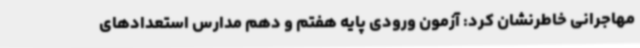
مهاجرانی خاطرنشان کرد: آزمون ورودی پایه هفتم و دهم مدارس استعدادهای